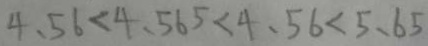
4 . 5 6 < 4 . 5 6 5 < 4 . 5 6 < 5 . 6 5